Indian journal of veterinary science and animal husbandry - Volumes 24-25, 1954-1955
Year: 1954
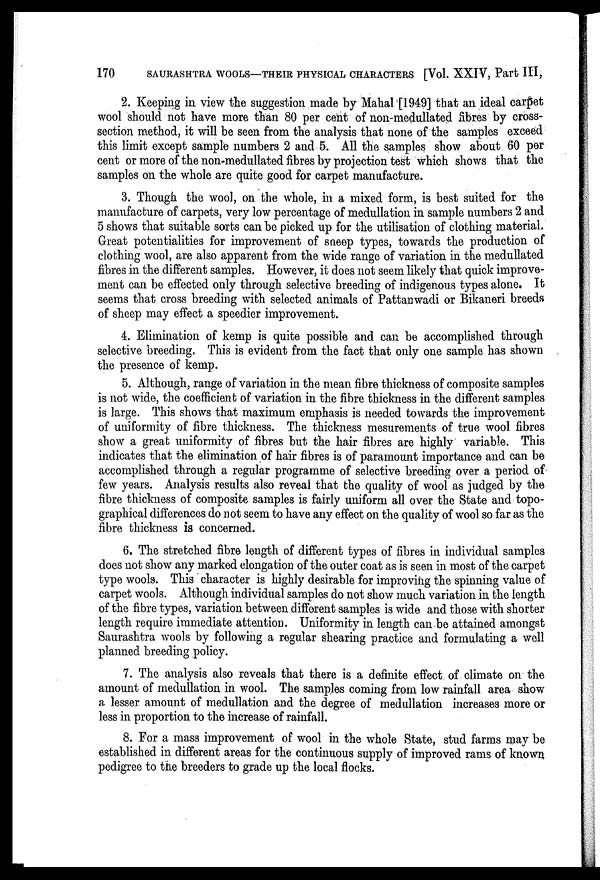
170
SAURASHTRA WOOLS—THEIR PHYSICAL CHARACTERS [Vol. XXIV, Part III,
2. Keeping in view the suggestion made by Mahal [1949] that an ideal carpet
wool should not have more than 80 per cent of non-medullated fibres by cross-
section method, it will be seen from the analysis that none of the samples exceed
this limit except sample numbers 2 and 5. All the samples show about 60 per
cent or more of the non-medullated fibres by projection test which shows that the
samples on the whole are quite good for carpet manufacture.
3. Though the wool, on the whole, in a mixed form, is best suited for the
manufacture of carpets, very low percentage of medullation in sample numbers 2 and
5 shows that suitable sorts can be picked up for the utilisation of clothing material.
Great potentialities for improvement of sheep types, towards the production of
clothing wool, are also apparent from the wide range of variation in the medullated
fibres in the different samples. However, it does not seem likely that quick improve-
ment can be effected only through selective breeding of indigenous types alone. It
seems that cross breeding with selected animals of Pattanwadi or Bikaneri breeds
of sheep may effect a speedier improvement.
4. Elimination of kemp is quite possible and can be accomplished through
selective breeding. This is evident from the fact that only one sample has shown
the presence of kemp.
5. Although, range of variation in the mean fibre thickness of composite samples
is not wide, the coefficient of variation in the fibre thickness in the different samples
is large. This shows that maximum emphasis is needed towards the improvement
of uniformity of fibre thickness. The thickness mesurements of true wool fibres
show a great uniformity of fibres but the hair fibres are highly variable. This
indicates that the elimination of hair fibres is of paramount importance and can be
accomplished through a regular programme of selective breeding over a period of
few years. Analysis results also reveal that the quality of wool as judged by the
fibre thickness of composite samples is fairly uniform all over the State and topo-
graphical differences do not seem to have any effect on the quality of wool so far as the
fibre thickness is concerned.
6. The stretched fibre length of different types of fibres in individual samples
does not show any marked elongation of the outer coat as is seen in most of the carpet
type wools. This character is highly desirable for improving the spinning value of
carpet wools. Although individual samples do not show much variation in the length
of the fibre types, variation between different samples is wide and those with shorter
length require immediate attention. Uniformity in length can be attained amongst
Saurashtra wools by following a regular shearing practice and formulating a well
planned breeding policy.
7. The analysis also reveals that there is a definite effect of climate on the
amount of medullation in wool. The samples coming from low rainfall area show
a lesser amount of medullation and the degree of medullation increases more or
less in proportion to the increase of rainfall.
8. For a mass improvement of wool in the whole State, stud farms may be
established in different areas for the continuous supply of improved rams of known
pedigree to the breeders to grade up the local flocks.